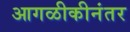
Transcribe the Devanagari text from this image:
आगळीकीनंतर